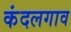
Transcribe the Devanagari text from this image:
कंदलगाव